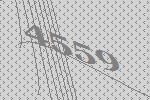
4559